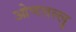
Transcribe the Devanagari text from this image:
ओणत्तल्लु